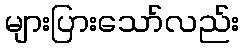
များပြားသော်လည်း